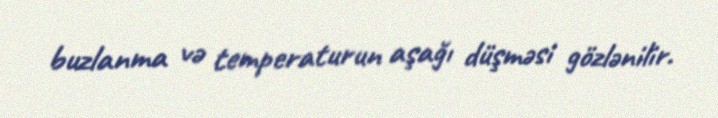
buzlanma və temperaturun aşağı düşməsi gözlənilir.